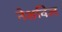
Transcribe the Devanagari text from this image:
नेशविल